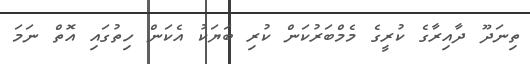
ތިނަދޫ ދާއިރާގެ ކުރީގެ މެމްބަރުކަން ކުރި ބަޔަކު އެކަން ހިތުގައި އޮތް ނަމަ